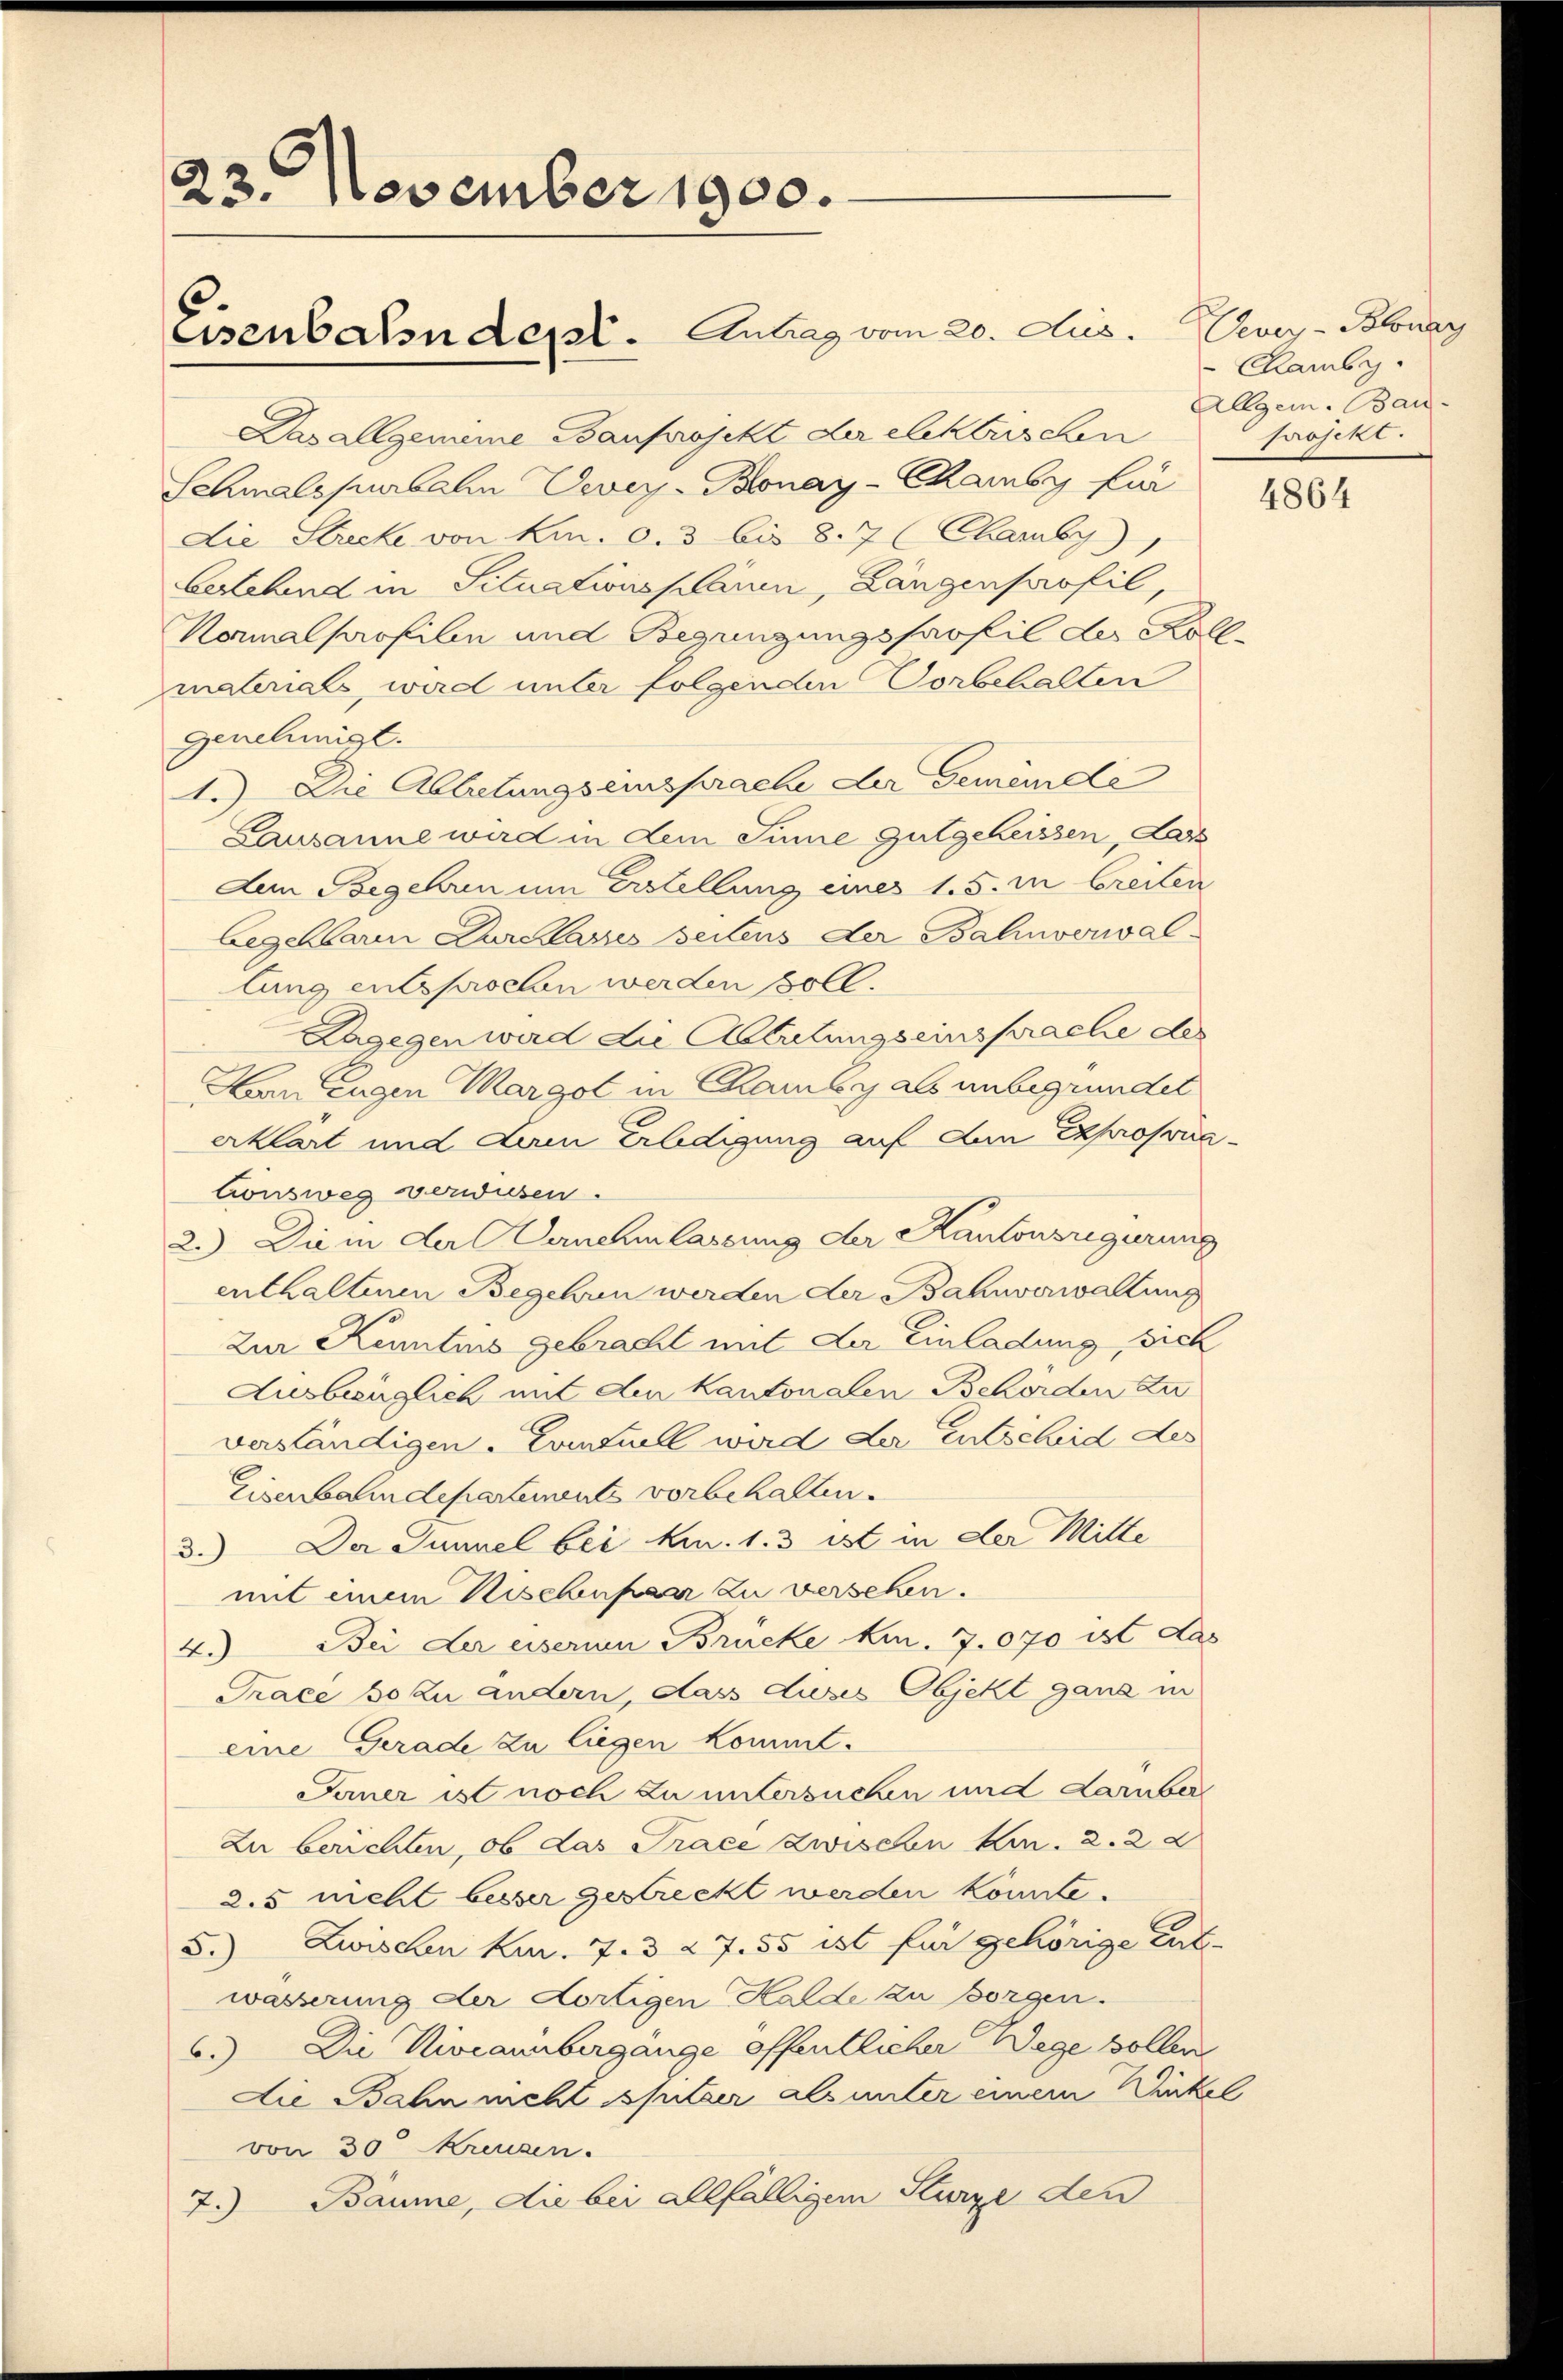
23. November 1900.
Eisenbahndert. Antrag vom 20. Aus. Vevey-Burg

Das allgemeine Bauprojekt der elektrischen
Schmalspurbalen Vevey-Bonay-Chamby für
Die Strecke von km. c. 3 bis 8. 7 (Chamby),
bestehend in Situationsplänen, Längenprofil,
Kormalprofilen und Begingungshaofil der Kollmaterials, wird unter folgenden Vorbehalten
genehmigt.
1.) Die Abtretungseinsprache der Gemeinde
Lausanne wird in dem Sinne gutgeheissen, dars
Dem Begehren um Erstellung einer 1. 5. in breiten
begehbaren Durchlasses seitens der Balinverwallung entsprochen werden soll.
Dagegen wird die Ablutungseinsprache des
Ban Eugen Margot in Chamby als unbegründet
erklärt und Lam Erledigung auf den Exprosonationsweg verwiesen.
2.) Die in der Genehmlassung der Kantonsregierung
enthaltenen Begehren werden der Bahnverwaltung
Zur Kenntnis gebracht mit der Einladung sich
Ausbezüglich mit den kantonalen Behörden zu
verständigen. Eventuell wird der Entscheid des
Eisenbahndepartements vorbehalten.
3.) Der Tunnel bei kn. 1. 3 ist in der Mitte
mit einem Nischenpaar zu versehen.
Bei der eisernen Brücke m. 7.070 ist das
4.)
Trace so zu andern, dass duses Objekt ganz in
eine Gerade zu liegen kommt.
Janer ist noch zu untersuchen und darüber
Zu berichten, ob das Trace zwischen Kin. 2. 2 d
2.5 nicht besser gestreckt werden könnte.
5.) Zwischen Kur. 7. 327. 55 ist für gehörige Cal-
wässerung der dortigen Halde zu borgen.
6.) Die Niveaumbergänge öffentlicher Wege sollen
die Bahn nicht spitzer als unter einem Dinkel
von 30 Kreuzen.
7. Bäume, die bei allfälligem Sturze den

Chamby.
Allgem. Bau-
projekt.

4864